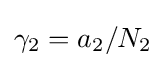
\gamma _{2}=a_{2}/N_{2}